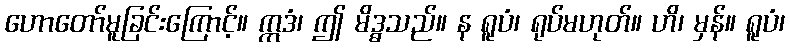
ဟောတော်မူခြင်းကြောင့်။ ဣဒံ၊ ဤ မိဒ္ဓသည်။ န ရူပံ၊ ရုပ်မဟုတ်။ ဟိ၊ မှန်။ ရူပံ၊